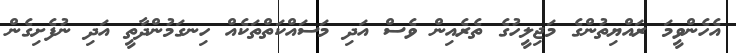
އެހެންވީމަ ރައްޔިތުންގެ މަޖިލީހުގެ ތެރެއިން ވެސް އަދި މަސައްކަތްތަކެއް ހިނގަމުންދާތީ އަދި ނުފެށިގެން